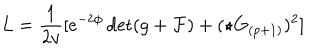
LaTeX: L = { \frac { 1 } { 2 v } } [ e ^ { - 2 \phi } \det ( g + { \cal F } ) + ( \star G _ { ( p + 1 ) } ) ^ { 2 } ]